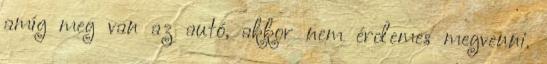
amíg meg van az autó, akkor nem érdemes megvenni.